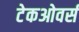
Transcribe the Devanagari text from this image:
टेकओवर्स